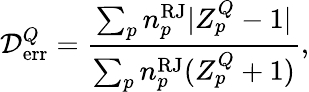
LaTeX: {\cal D}_{\mathrm{err}}^{Q}=\frac{\sum_{p}n_{p}^{\mathrm{RJ}}|Z_{p}^{Q}-1|}{\sum_{p}n_{p}^{\mathrm{RJ}}(Z_{p}^{Q}+1)},